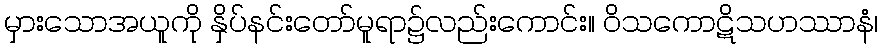
မှားသောအယူကို နှိပ်နင်းတော်မူရာ၌လည်းကောင်း။ ဝိသကောဋိသဟဿာနံ၊